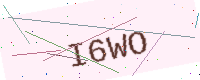
Text: I6WO